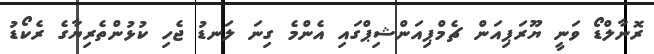
ރޮނާލްޑޯ ވަނީ ޔޫރަޕިއަން ޗެމްޕިއަންޝިޕްގައި އެންމެ ގިނަ ލަނޑު ޖެހި ކުޅުންތެރިޔާގެ ރެކޯޑު